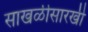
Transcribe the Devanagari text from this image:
साखळीसारखी